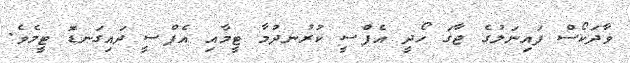
ޥާދަކޯސް ފައިނަލުގެ ޖާގަ ހޯދީ އެފްސީ ކުރުނދުމާ ޓީމާއި އެފްސީ ދައިގަނޑޮ ޓީމެވެ.